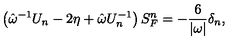
\left( \hat { \omega } ^ { - 1 } U _ { n } - 2 \eta + \hat { \omega } U _ { n } ^ { - 1 } \right) S _ { F } ^ { n } = - \frac 6 { | \omega | } \delta _ { n } ,